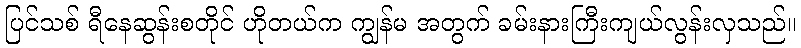
ပြင်သစ် ရီနေဆွန်းစတိုင် ဟိုတယ်က ကျွန်မ အတွက် ခမ်းနားကြီးကျယ်လွန်းလှသည်။